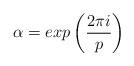
LaTeX: \begin{align*}\alpha = exp \left( \frac{2 \pi i}{p} \right)\end{align*}